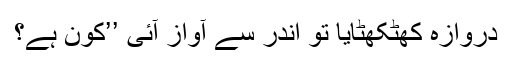
دروازہ کھٹکھٹایا تو اندر سے آواز آئی ’’کون ہے؟